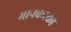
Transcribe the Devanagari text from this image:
मानकरका